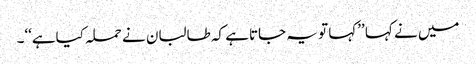
میں نے کہا ’’کہا تو یہ جاتاہے کہ طالبان نے حملہ کیاہے‘‘۔